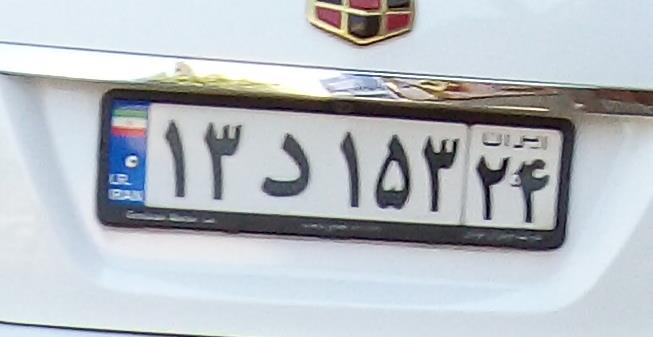
۱۳د۱۵۳۳۴